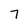
Character: 7